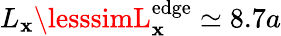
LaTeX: L_{\mathbf{x}}\lesssimL_{\mathbf{x}}^{\mathrm{{edge}}}\simeq8.7a